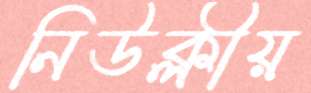
নিউক্লীয়